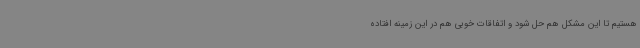
هستیم تا این مشکل هم حل شود و اتفاقات خوبی هم در این زمینه افتاده